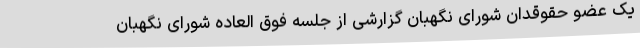
یک عضو حقوقدان شورای نگهبان گزارشی از جلسه فوق العاده شورای نگهبان